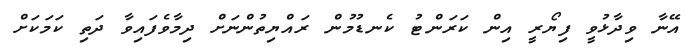
އޭނާ ވިދާޅުވީ ފިޔޯރީ އިން ކަރަންޓު ކެނޑުމުން ރައްޔިތުންނަށް ދިމާވެފައިވާ ދަތި ކަމަކަށް